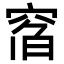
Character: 𥦇